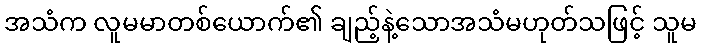
အသံက လူမမာတစ်ယောက်၏ ချည့်နဲ့သောအသံမဟုတ်သဖြင့် သူမ